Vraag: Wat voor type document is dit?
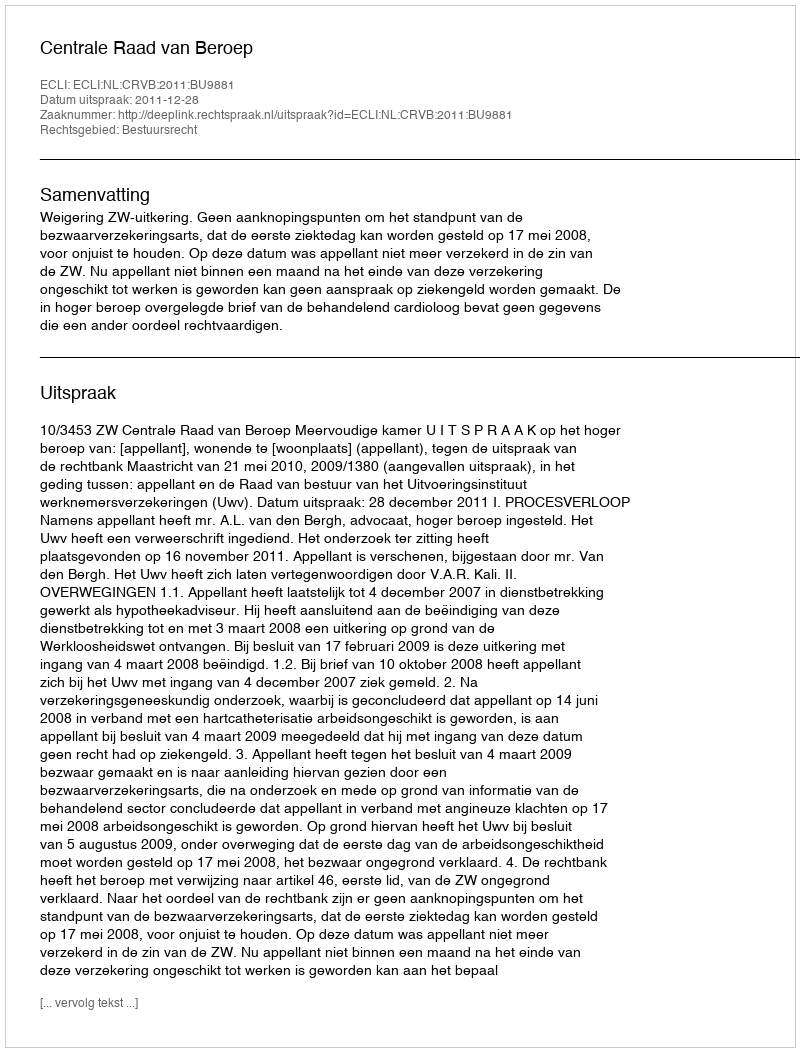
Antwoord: Uitspraak